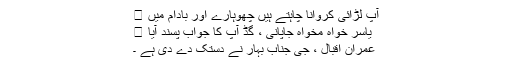
آپ لڑائی کروانا چاہتے ہیں چھوہارے اور بادام میں 😛
یاسر خواہ مخواہ جاپانی ، گڈ آپ کا جواب پسند آیا 🙂
عمران اقبال ، جی جناب بہار نے دستک دے دی ہے ۔